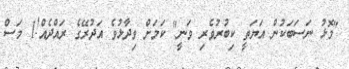
"މޮޅު ނަސަބަކުން އަޔަތީ ކިބުރުވެރި ވަނީ" ކަމަށް ވިދާޅުވެ އަދުރޭގެ ރައްދެއް!1 މަސް